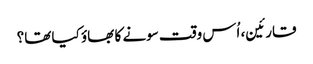
قارئین، اُس وقت سونے کا بھاؤ کیا تھا؟